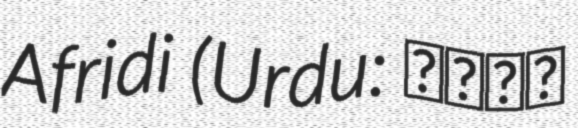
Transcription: Afridi (Urdu: ریاض